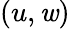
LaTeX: (u,\mathit{w})